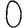
Digit: 0